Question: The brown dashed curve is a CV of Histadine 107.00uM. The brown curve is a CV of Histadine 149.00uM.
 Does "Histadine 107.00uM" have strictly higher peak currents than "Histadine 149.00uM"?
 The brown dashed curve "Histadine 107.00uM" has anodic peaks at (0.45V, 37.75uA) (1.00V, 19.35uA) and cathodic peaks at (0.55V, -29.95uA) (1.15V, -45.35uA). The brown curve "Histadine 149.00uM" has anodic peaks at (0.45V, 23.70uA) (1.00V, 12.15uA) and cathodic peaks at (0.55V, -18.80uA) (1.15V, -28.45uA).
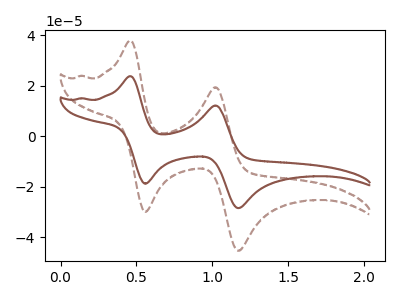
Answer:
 <answer>Every peak in "Histadine 107.00uM" is higher than every peak in "Histadine 149.00uM".</answer>
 <eval>higher</eval>